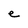
Character: e